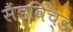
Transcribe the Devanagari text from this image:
सैंडविच्ड